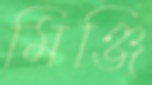
মিঞ্জি